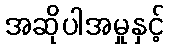
အဆိုပါအမှုနှင့်